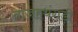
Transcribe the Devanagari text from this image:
ताजहथंगड़ी